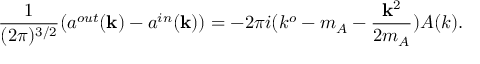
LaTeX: \frac { 1 } { ( 2 \pi ) ^ { 3 / 2 } } ( a ^ { o u t } ( { \bf k } ) - a ^ { i n } ( { \bf k } ) ) = - 2 \pi i ( k ^ { o } - m _ { A } - \frac { { \bf k } ^ { 2 } } { 2 m _ { A } } ) A ( k ) .